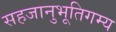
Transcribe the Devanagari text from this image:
सहजानुभूतिगम्य